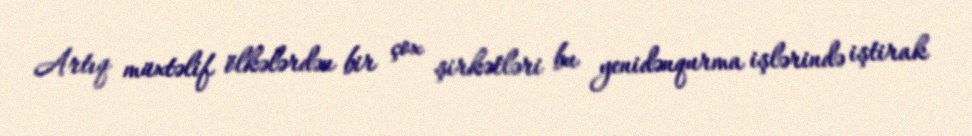
Artıq müxtəlif ölkələrdən bir çox şirkətləri bu yenidənqurma işlərində iştirak